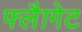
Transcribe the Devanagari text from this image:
फ्लैागेट